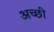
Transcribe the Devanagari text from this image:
अच्छी